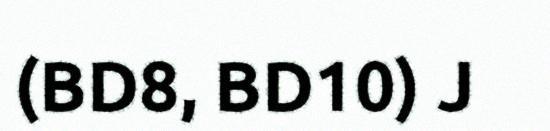
(BD8, BD10) J